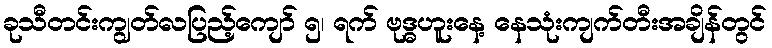
ခုသီတင်းကျွတ်လပြည့်ကျော် ၅၊ ရက် ဗုဒ္ဓဟူးနေ့ နေသုံးကျက်တီးအချိန်တွင်